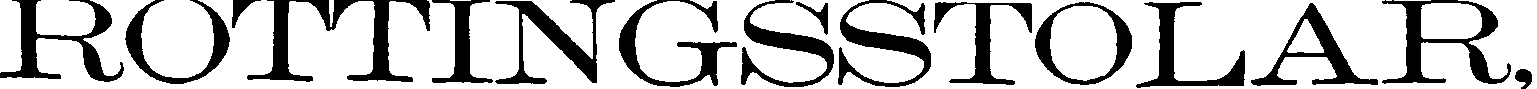
ROTTINGSSTOLAR,